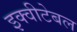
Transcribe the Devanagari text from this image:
इक्वीटेबल